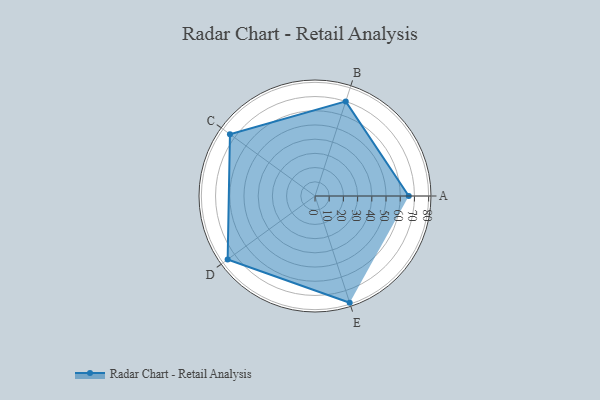
{"axis": {"x": "Skill", "y": "Score"}, "legend": ["Profile"], "data": [{"x": "A", "y": 66.0, "type": "Profile"}, {"x": "B", "y": 70.0, "type": "Profile"}, {"x": "C", "y": 74.0, "type": "Profile"}, {"x": "D", "y": 76.0, "type": "Profile"}, {"x": "E", "y": 79.0, "type": "Profile"}]}